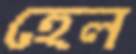
হেল